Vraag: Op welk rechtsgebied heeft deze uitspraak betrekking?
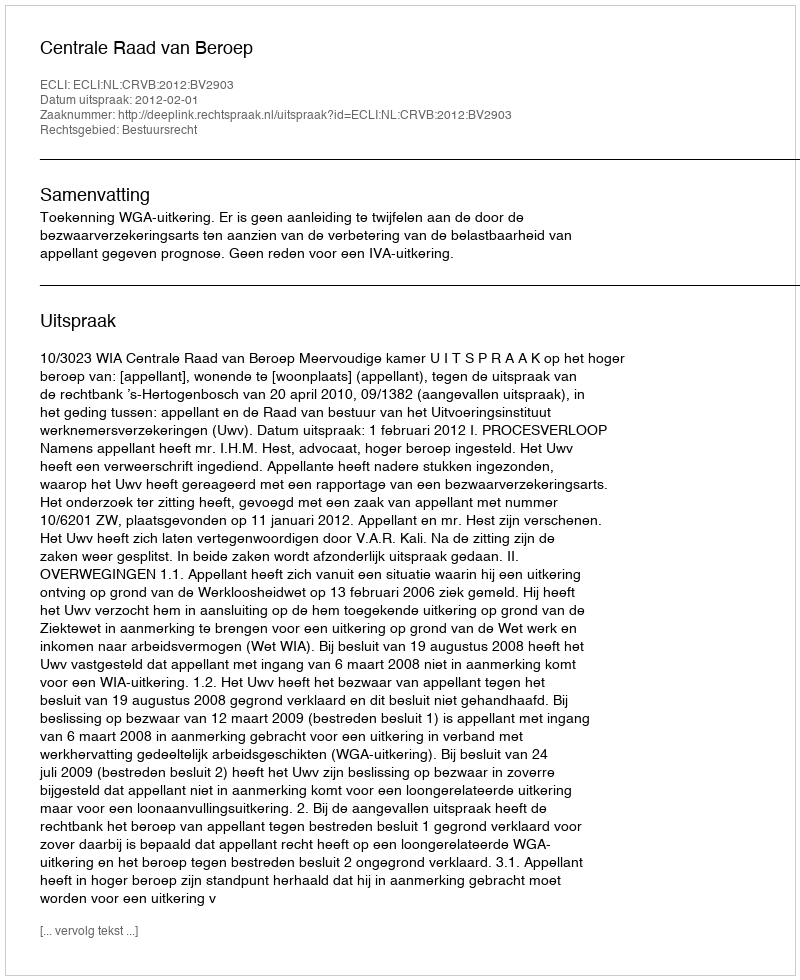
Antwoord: Bestuursrecht